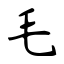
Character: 毛